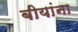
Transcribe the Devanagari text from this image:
बीयांना